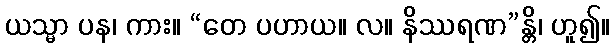
ယသ္မာ ပန၊ ကား။ “တေ ပဟာယ။ လ။ နိဿရဏ”န္တိ၊ ဟူ၍။